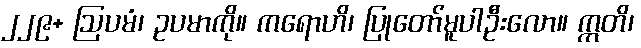
၂၂၉+ ဩပမံ၊ ဥပမာကို။ ကရောဟိ၊ ပြုတော်မူပါဦးလော။ ဣတိ၊